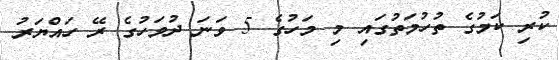
ކުރި ކަމުގެ ތުހުމަތުގައި މި މަހުގެ 5 ވަނަ ދުވަހުގެ ރޭ ހައްޔަރު